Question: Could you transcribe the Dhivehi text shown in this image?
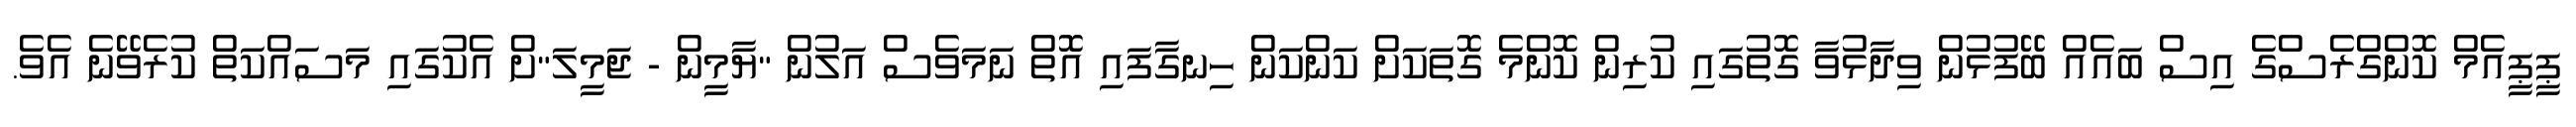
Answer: ޕީޕީއެމް ކޮންގްރެސްގެ އިސް ބައެއް ބޭފުޅުން ވިދާޅުވާ ގޮތުގައި ކުރިން ކޮންމެ ގޮތަކަށް ކަންކަން ހިނގާފައި އޮތް ނަމަވެސް އަލުން "ޔާމީން - ޖަމީލަ"ށް އެކުގައި މަސައްކަތް ކުރެވޭނެ އެވެ.